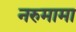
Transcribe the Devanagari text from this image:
नरुमामा